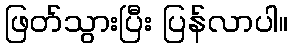
ဖြတ်သွားပြီး ပြန်လာပါ။